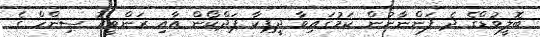
ބޮލީވުޑްގެ ދެ ފަންނާނުން ކަމުގައިވާ ދީޕިކާ ޕަދްކޯން އާއި ރަންވީރު ސިންހް ގެ